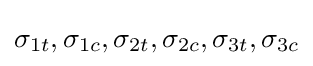
\sigma _{1t},\sigma _{1c},\sigma _{2t},\sigma _{2c},\sigma _{3t},\sigma _{3c}